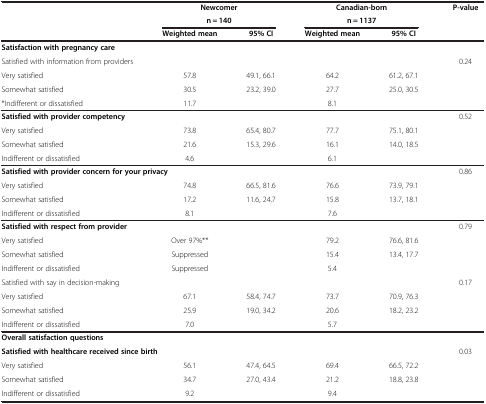
<table><thead><tr><td rowspan="2"><b> </b></td><td colspan="2"><b>Newcomer</b></td><td colspan="2"><b>Canadian-born</b></td><td rowspan="2"><b>P-value</b></td></tr><tr><td colspan="2"><b>n = 140</b></td><td colspan="2"><b>n = 1137</b></td></tr><tr><td><b> </b></td><td><b>Weighted mean</b></td><td><b>95% CI</b></td><td><b>Weighted mean</b></td><td><b>95% CI</b></td><td><b> </b></td></tr></thead><tbody><tr><td colspan="3"><b>Satisfaction with pregnancy care</b></td><td> </td><td> </td><td> </td></tr><tr><td>Satisfied with information from providers</td><td> </td><td> </td><td> </td><td> </td><td>0.24</td></tr><tr><td>Very satisfied</td><td>57.8</td><td>49.1, 66.1</td><td>64.2</td><td>61.2, 67.1</td><td> </td></tr><tr><td>Somewhat satisfied</td><td>30.5</td><td>23.2, 39.0</td><td>27.7</td><td>25.0, 30.5</td><td> </td></tr><tr><td>*Indifferent or dissatisfied</td><td>11.7</td><td> </td><td>8.1</td><td> </td><td> </td></tr><tr><td colspan="3"><b>Satisfied with provider competency</b></td><td> </td><td> </td><td>0.52</td></tr><tr><td>Very satisfied</td><td>73.8</td><td>65.4, 80.7</td><td>77.7</td><td>75.1, 80.1</td><td> </td></tr><tr><td>Somewhat satisfied</td><td>21.6</td><td>15.3, 29.6</td><td>16.1</td><td>14.0, 18.5</td><td> </td></tr><tr><td>Indifferent or dissatisfied</td><td>4.6</td><td> </td><td>6.1</td><td> </td><td> </td></tr><tr><td colspan="3"><b>Satisfied with provider concern for your privacy</b></td><td> </td><td> </td><td>0.86</td></tr><tr><td>Very satisfied</td><td>74.8</td><td>66.5, 81.6</td><td>76.6</td><td>73.9, 79.1</td><td> </td></tr><tr><td>Somewhat satisfied</td><td>17.2</td><td>11.6, 24.7</td><td>15.8</td><td>13.7, 18.1</td><td> </td></tr><tr><td>Indifferent or dissatisfied</td><td>8.1</td><td> </td><td>7.6</td><td> </td><td> </td></tr><tr><td colspan="2"><b>Satisfied with respect from provider</b></td><td> </td><td> </td><td> </td><td>0.79</td></tr><tr><td>Very satisfied</td><td>Over 97%**</td><td> </td><td>79.2</td><td>76.6, 81.6</td><td> </td></tr><tr><td>Somewhat satisfied</td><td>Suppressed</td><td> </td><td>15.4</td><td>13.4, 17.7</td><td> </td></tr><tr><td>Indifferent or dissatisfied</td><td>Suppressed</td><td> </td><td>5.4</td><td> </td><td> </td></tr><tr><td>Satisfied with say in decision-making</td><td> </td><td> </td><td> </td><td> </td><td>0.17</td></tr><tr><td>Very satisfied</td><td>67.1</td><td>58.4, 74.7</td><td>73.7</td><td>70.9, 76.3</td><td> </td></tr><tr><td>Somewhat satisfied</td><td>25.9</td><td>19.0, 34.2</td><td>20.6</td><td>18.2, 23.2</td><td> </td></tr><tr><td>Indifferent or dissatisfied</td><td>7.0</td><td> </td><td>5.7</td><td> </td><td> </td></tr><tr><td colspan="3"><b>Overall satisfaction questions</b></td><td> </td><td> </td><td> </td></tr><tr><td colspan="3"><b>Satisfied with healthcare received since birth</b></td><td> </td><td> </td><td>0.03</td></tr><tr><td>Very satisfied</td><td>56.1</td><td>47.4, 64.5</td><td>69.4</td><td>66.5, 72.2</td><td> </td></tr><tr><td>Somewhat satisfied</td><td>34.7</td><td>27.0, 43.4</td><td>21.2</td><td>18.8, 23.8</td><td> </td></tr><tr><td>Indifferent or dissatisfied</td><td>9.2</td><td> </td><td>9.4</td><td> </td><td> </td></tr></tbody></table>